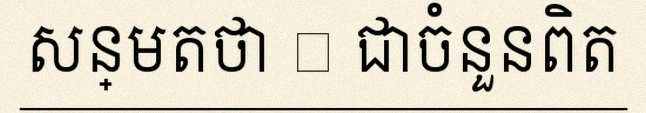
សន្មតថា x ជាចំនួនពិត